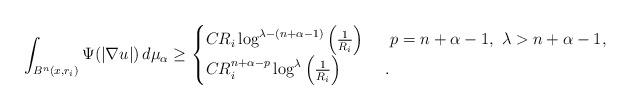
LaTeX: \begin{align*}\int_{B^n(x,r_i)}\Psi(\vert\nabla u\vert)\, d\mu_{\alpha}\geq\begin{cases}CR_i\log^{\lambda-(n+\alpha-1)}\left(\frac{1}{R_i}\right)&~~p=n+\alpha-1,~\lambda>n+\alpha-1,\\CR_i^{n+\alpha-p}\log^{\lambda}\left(\frac{1}{R_i}\right)&~.\end{cases}\end{align*}